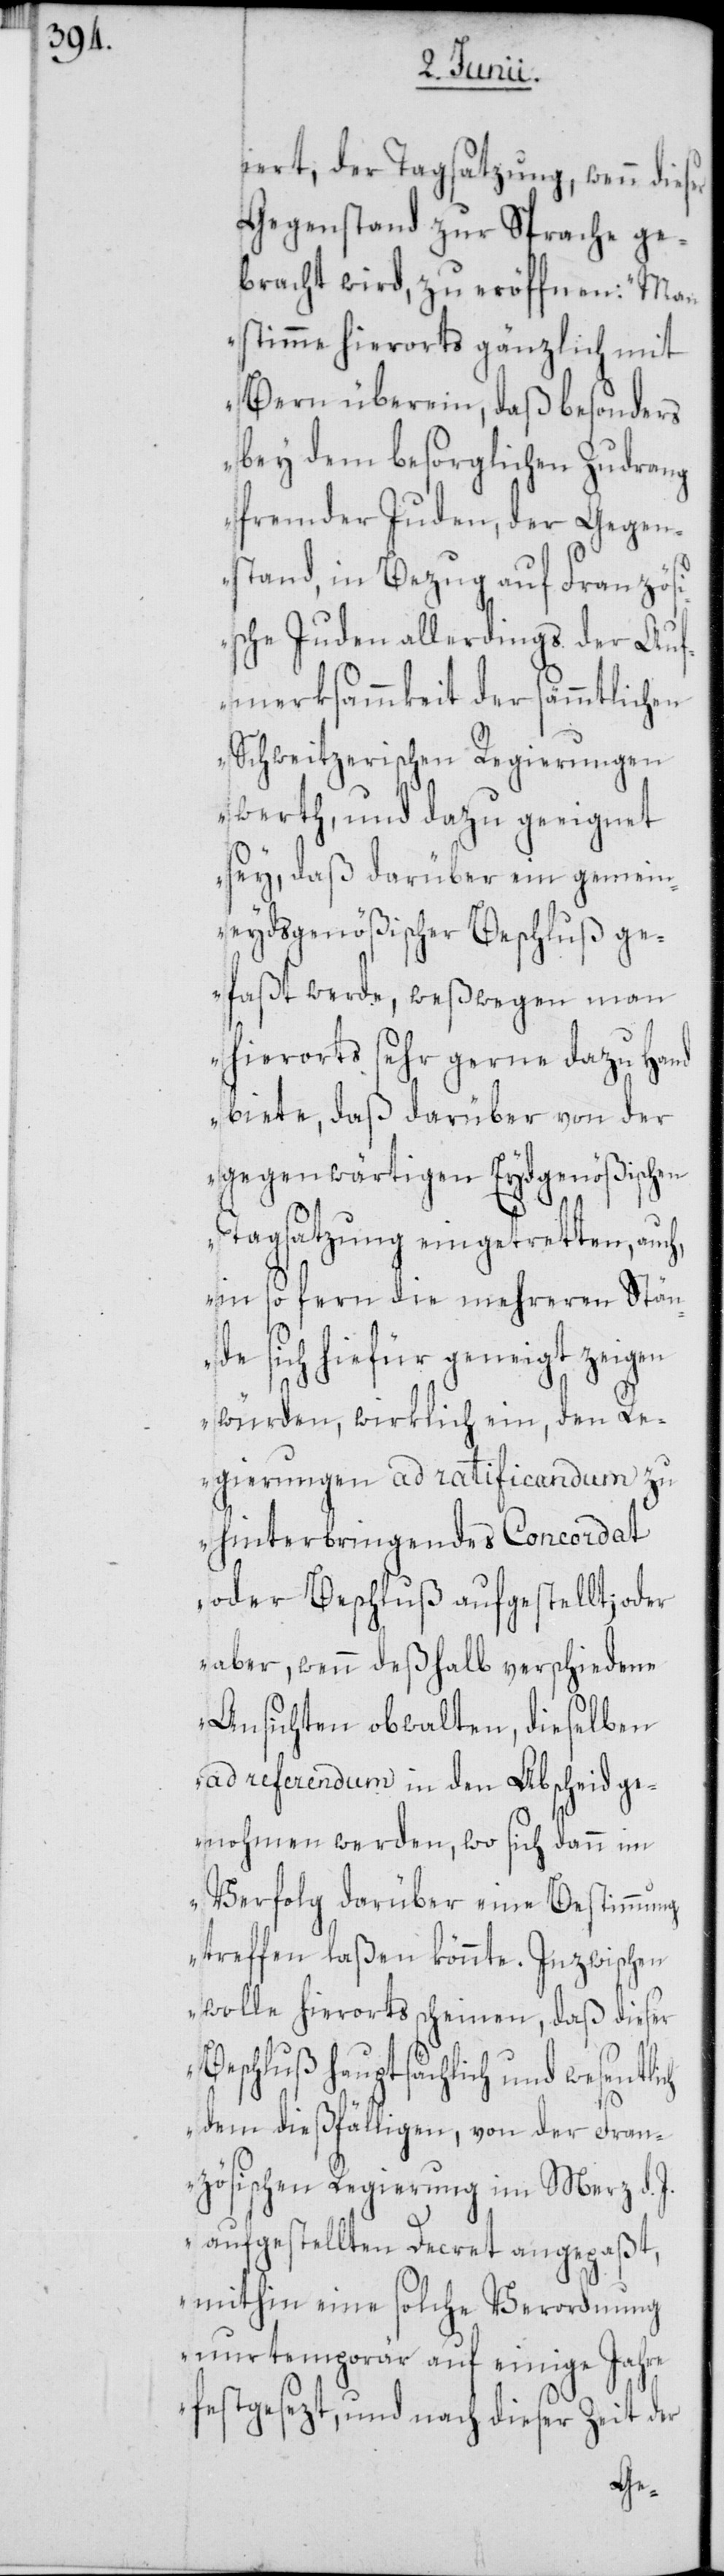
iert, der Tagsatzung, wenn dies¬
Gegenstand zur Sprache ge¬
bracht wird, zu eröffnen: „Man
stimme hierorts gänzlich mit
Bern überein, daß besonders
bey dem besorglichen Zudrang
fremder Juden, der Gegen¬
stand, in Bezug auf Französ¬
ische Juden allerdings der Auf¬
merksammkeit der sämmtlichen
Schweitzerischen Regierungen
werth, und dazu geeignet
sey, daß darüber ein gemein¬
eydsgenößischer Beschluß ge¬
faßt werde, weßwegen man
hierorts sehr gerne dazu Hand
biete, daß darüber von der
gegenwärtigen Eydgenößischen
Tagsatzung eingetretten, auch,
in so fern die mehreren Stän¬
de sich hiefür geneigt zeigen
würden, wirklich ein, den Re¬
gierungen ad ratificandum zu
hinterbringendes Concoradt
oder Beschluß aufgestellt; oder
aber, wenn deßhalb verschiedene
Ansichten obwalten, dieselben
ad referendum in den Abscheid ge¬
nohmen werden, wo sich dann im
Verfolg darüber eine Bestimmung
treffen laßen könnte. Inzwischen
wolle hierorts scheinen, daß dieser
Beschluß hauptsächlich und wesentlich
dem dießfälligen, von der Fran¬
zösischen Regierung im Merz d.
aufgestellten Decret angepaßt,
mithin eine solche Verordnung
nur temporär auf einige Jahre
festgesezt, und nach dieser Zeit der
er